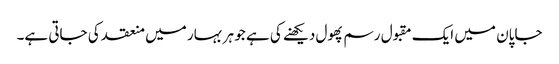
جاپان میں ایک مقبول رسم پھول دیکھنے کی ہے جو ہر بہار میں منعقد کی جاتی ہے۔